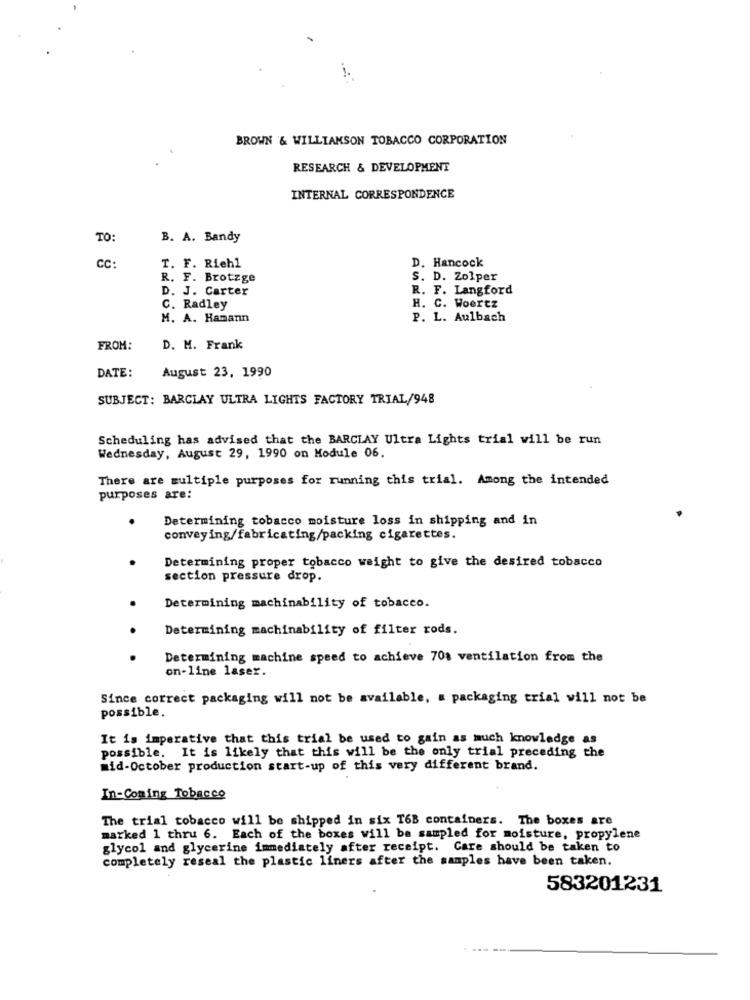
BROWN & WILLIAMSON TOBACCO CORPORATION
RESEARCH & DEVELOPMENT
INTERNAL CORRESPONDENCE
TO:
B. A. Bandy
cc:
T. F. Riehl
D. Hancock
R. F. Brotzge
S. D. Zolper
D. J. Carter
R. F. Langford
H. C. Woertz
C. Radley
M. A. Hamann
P. L. Aulbach
FROM:
D. M. Frank
August 23, 1990
DATE:
SUBJECT: BARCLAY ULTRA LIGHTS FACTORY TRIAL/948
Scheduling has advised that the BARCLAY Ultra Lights trial will be run
Wednesday, August 29, 1990 on Module 06.
There are multiple purposes for running this trial. Among the intended
purposes are:
Determining tobacco moisture loss in shipping and in
conveying/fabricating/packing cigarettes.
Determining proper tobacco weight to give the desired tobacco
section pressure drop.
Determining machinability of tobacco.
Determining machinability of filter rods.
Determining machine speed to achieve 70% ventilation from the
on-line laser.
Since correct packaging will not be available, a packaging trial will not be
possible.
It is imperative that this trial be used to gain as much knowledge as
possible. It is likely that this will be the only trial preceding the
mid-October production start-up of this very different brand.
In-Coming Tobacco
The trial tobacco will be shipped in six T6B containers. The boxes are
marked 1 thru 6. Each of the boxes will be sampled for moisture, propylene
glycol and glycerine immediately after receipt. Care should be taken to
completely reseal the plastic liners after the samples have been taken.
583201231